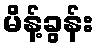
မိန့်ခွန်း